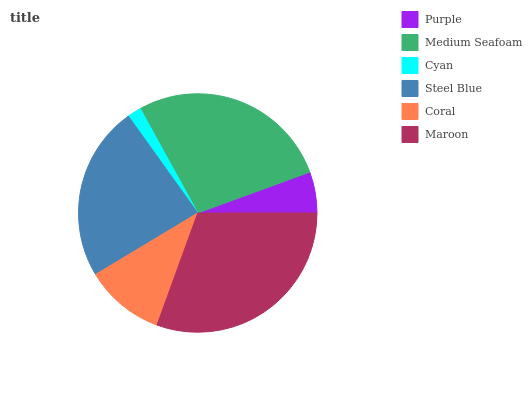
| Purple | Medium Seafoam | Cyan | Steel Blue | Coral | Maroon |
 | --- | --- | --- | --- | --- | --- |
 | 5.57% | 27.4% | 1.88% | 23.7% | 10.8% | 30.6% |